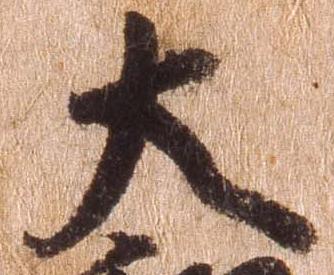
大